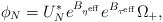
\begin{align*}\phi_N = U_N^* e^{B_{\eta^\mathrm{eff}}} e^{B_{\tau^\mathrm{eff}}}\Omega_+,\end{align*}